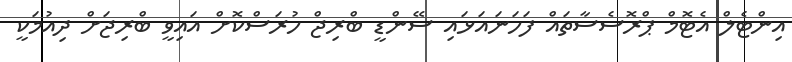
އިންޓެލް އެޓޮމް ޕްރޮސެސާތައް ފަހަނައަޅައި ސޭންޑީ ބްރިޖް ހުރަސްކޮށް އައިވީ ބްރިޖަށް ދިއުމަކީ